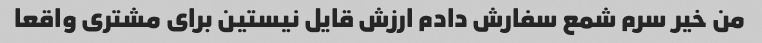
من خیر سرم شمع سفارش دادم ارزش قایل نیستین برای مشتری واقعا